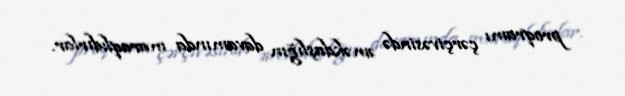
proqramı çərçivəsində əməkdaşlığın davamında maraqlıdırlar.